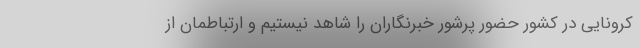
کرونایی در کشور حضور پرشور خبرنگاران را شاهد نیستیم و ارتباطمان از